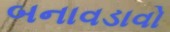
બનાવડાવો